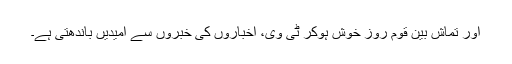
اور تماش بین قوم روز خوش ہوکر ٹی وی، اخباروں کی خبروں سے امیدیں باندھتی ہے۔